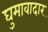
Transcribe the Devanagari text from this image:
घुमावादार